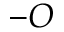
- O